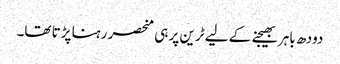
دودھ باہر بھیجنے کے لیے ٹرین پر ہی منحصر رہنا پڑتا تھا۔